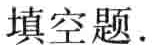
填空题.